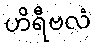
ဟိရီဗလံ